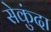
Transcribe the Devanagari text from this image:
सेकुंदा